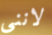
لاننى